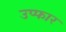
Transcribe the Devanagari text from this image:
उप्फार